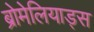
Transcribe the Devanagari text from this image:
ब्रोमेलियाड्स